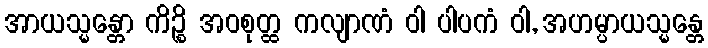
အာယသ္မန္တော ကိဉ္စိ အဝစုတ္ထ ကလျာဏံ ဝါ ပါပကံ ဝါ, အဟမ္ပာယသ္မန္တေ